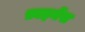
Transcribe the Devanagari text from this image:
फ़ाइनेंस